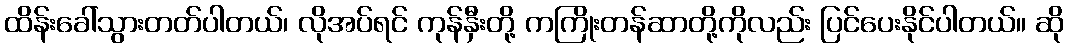
ထိန်းခေါ်သွားတတ်ပါတယ်၊ လိုအပ်ရင် ကုန်နှီးတို့ ကကြိုးတန်ဆာတို့ကိုလည်း ပြင်ပေးနိုင်ပါတယ်။ ဆို